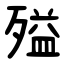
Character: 㱲